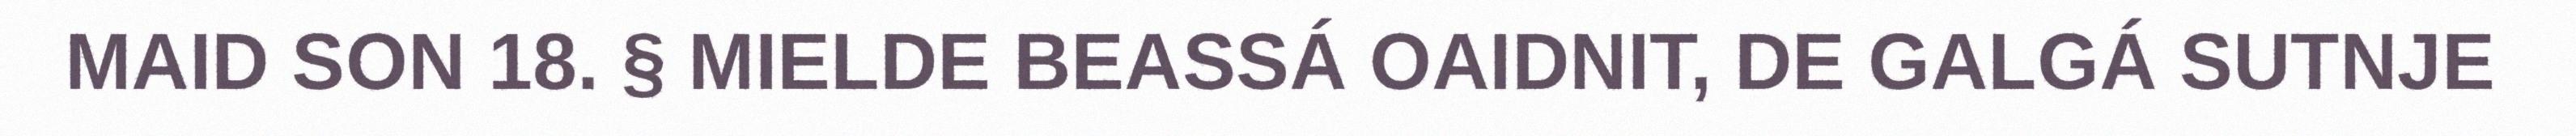
MAID SON 18. § MIELDE BEASSÁ OAIDNIT, DE GALGÁ SUTNJE